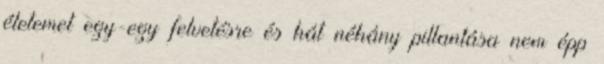
életemet egy-egy felvetésre és hát néhány pillantása nem épp